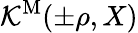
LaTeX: {\mathcal K}^{\mathrm{M}}(\pm\rho,X)